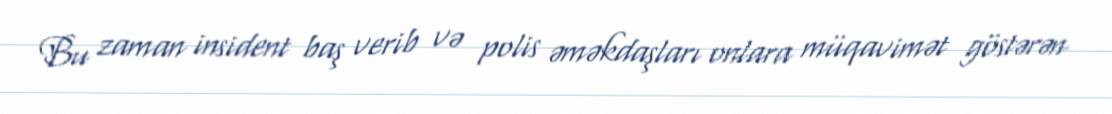
Bu zaman insident baş verib və polis əməkdaşları onlara müqavimət göstərən